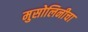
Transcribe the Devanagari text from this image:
मुसोलिनीचा